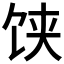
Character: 𩠃